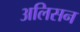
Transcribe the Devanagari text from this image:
अलिसन